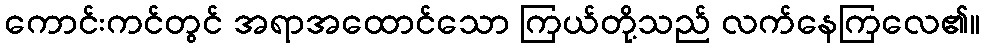
ကောင်းကင်တွင် အရာအထောင်သော ကြယ်တို့သည် လက်နေကြလေ၏။